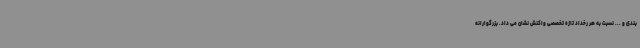
بندی و ... نسبت به هر رخداد تازه تخصصی واکنش نشان می داد. بزرگوارانه